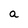
Character: a